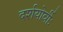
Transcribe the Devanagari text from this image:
दर्शयोर्वीः